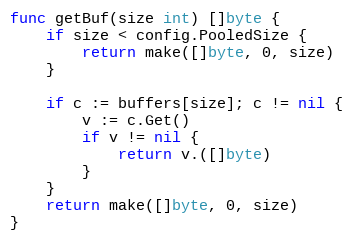
Language: Go
func getBuf(size int) []byte {
	if size < config.PooledSize {
		return make([]byte, 0, size)
	}

	if c := buffers[size]; c != nil {
		v := c.Get()
		if v != nil {
			return v.([]byte)
		}
	}
	return make([]byte, 0, size)
}